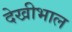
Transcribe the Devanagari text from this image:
देखीभाल